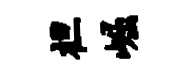
袒崛